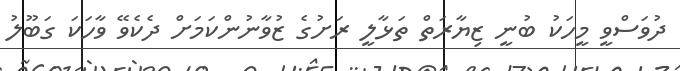
ދުވަސްވީ މީހަކު ބުނީ ޒިޔާރަތް ތަޅާލީ ރަށުގެ ޒުވާނުންކަމަށް ދެކެވޭ ވާހަކަ ގަބޫލު